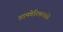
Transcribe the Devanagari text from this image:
आयबेरियन्सचे